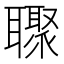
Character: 𮋼